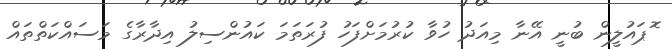
ޮޕައުލީން ބުނީ އޭނާ މިއަދު ހުވާ ކުރުމަށްފަހު ފުރަތަމަ ކައުންސިލު އިދާރާގެ މަސައްކަތްތައް